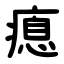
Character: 瘜